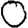
Digit: 0